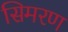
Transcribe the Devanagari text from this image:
सिमरण